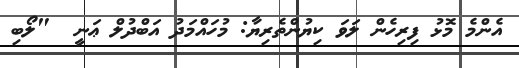
އެންމެ މޮޅު ފިރިހެން ލަވަ ކިޔުންތެރިޔާ: މުހައްމަދު އަބްދުލް ޢަނީ  "ލޯބި